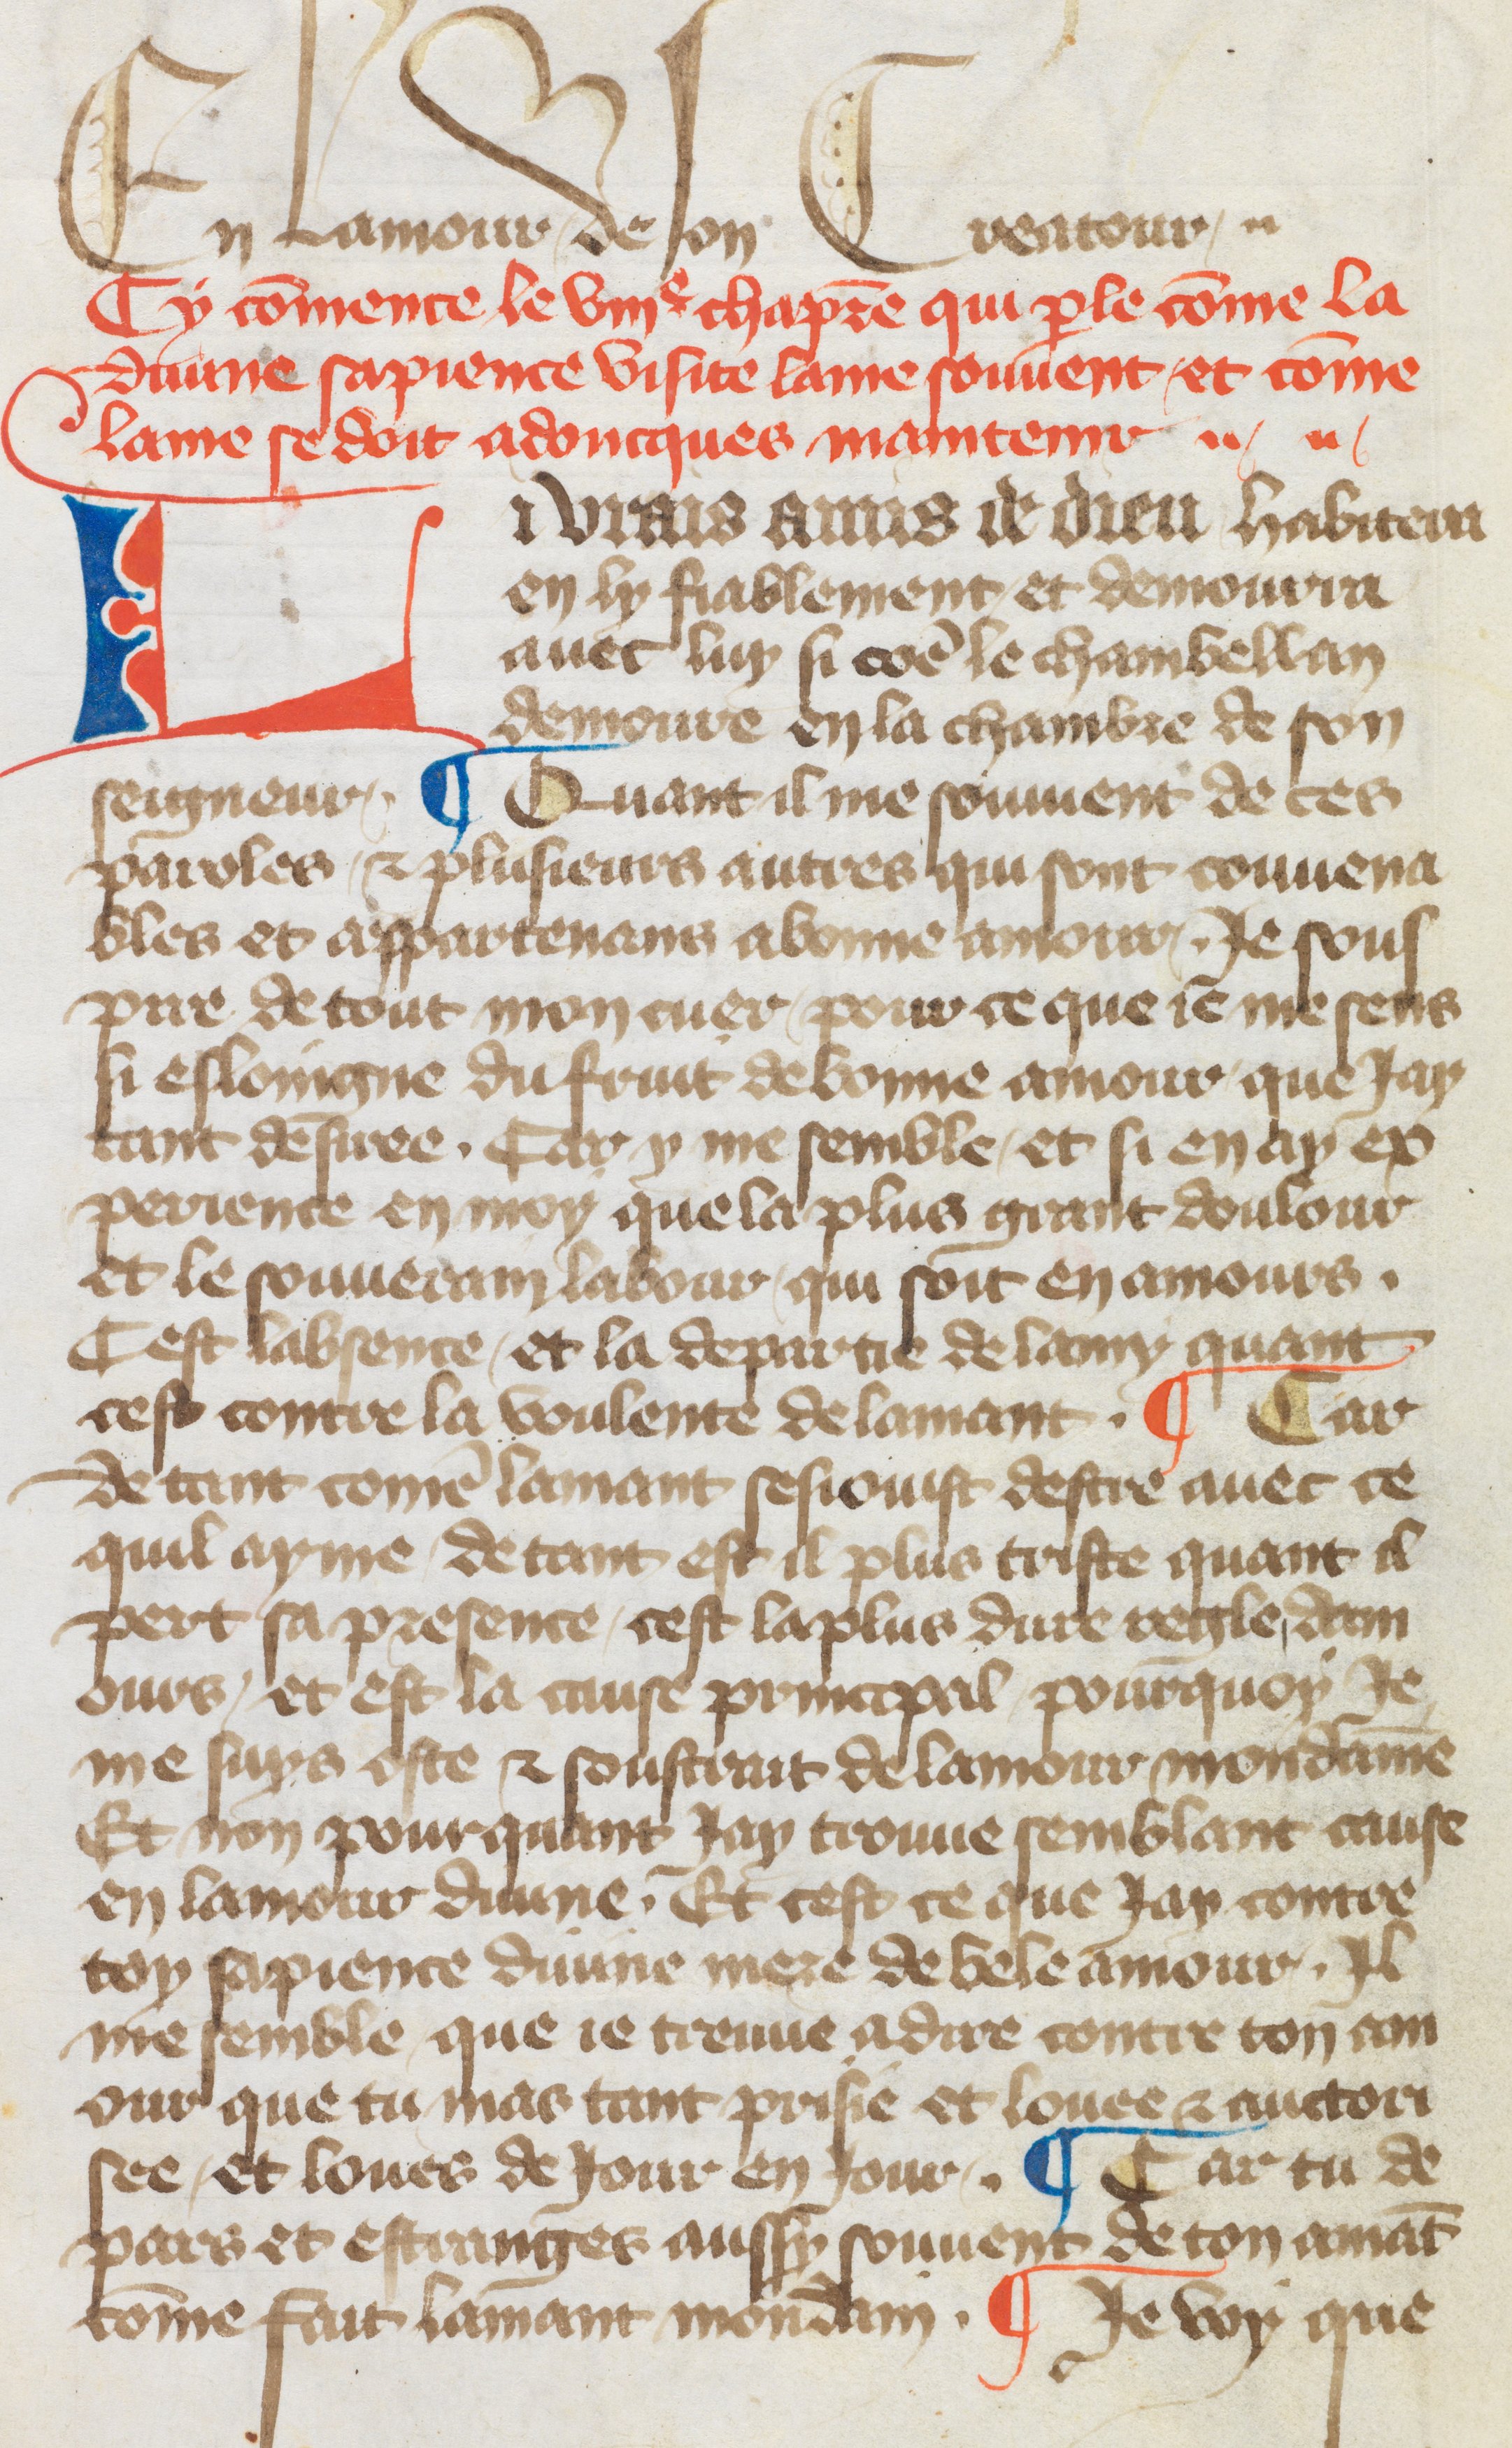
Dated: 1417–1417